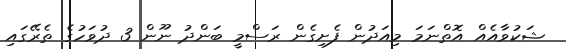
ޝަކުވާއެއް އޮތްނަމަ މިއަދުން ފެށިގެން ރަސްމީ ބަންދު ނޫން 3 ދުވަހުގެ ތެރޭގައި